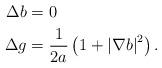
LaTeX: \begin{align*}\Delta b & =0\\\Delta g & =\frac{1}{2a}\left( 1+\left\vert \nabla b\right\vert ^{2}\right).\end{align*}